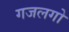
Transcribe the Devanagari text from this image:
गजलगो